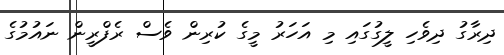
ދިރާގު ދިވެހި ލީގުގައި މި އަހަރު މީގެ ކުރިން ވެސް ރެފްރީން ނައުމުގެ